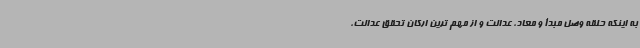
به اینکه حلقه وصل مبدأ و معاد، عدالت و از مهم ترین ارکان تحقق عدالت،